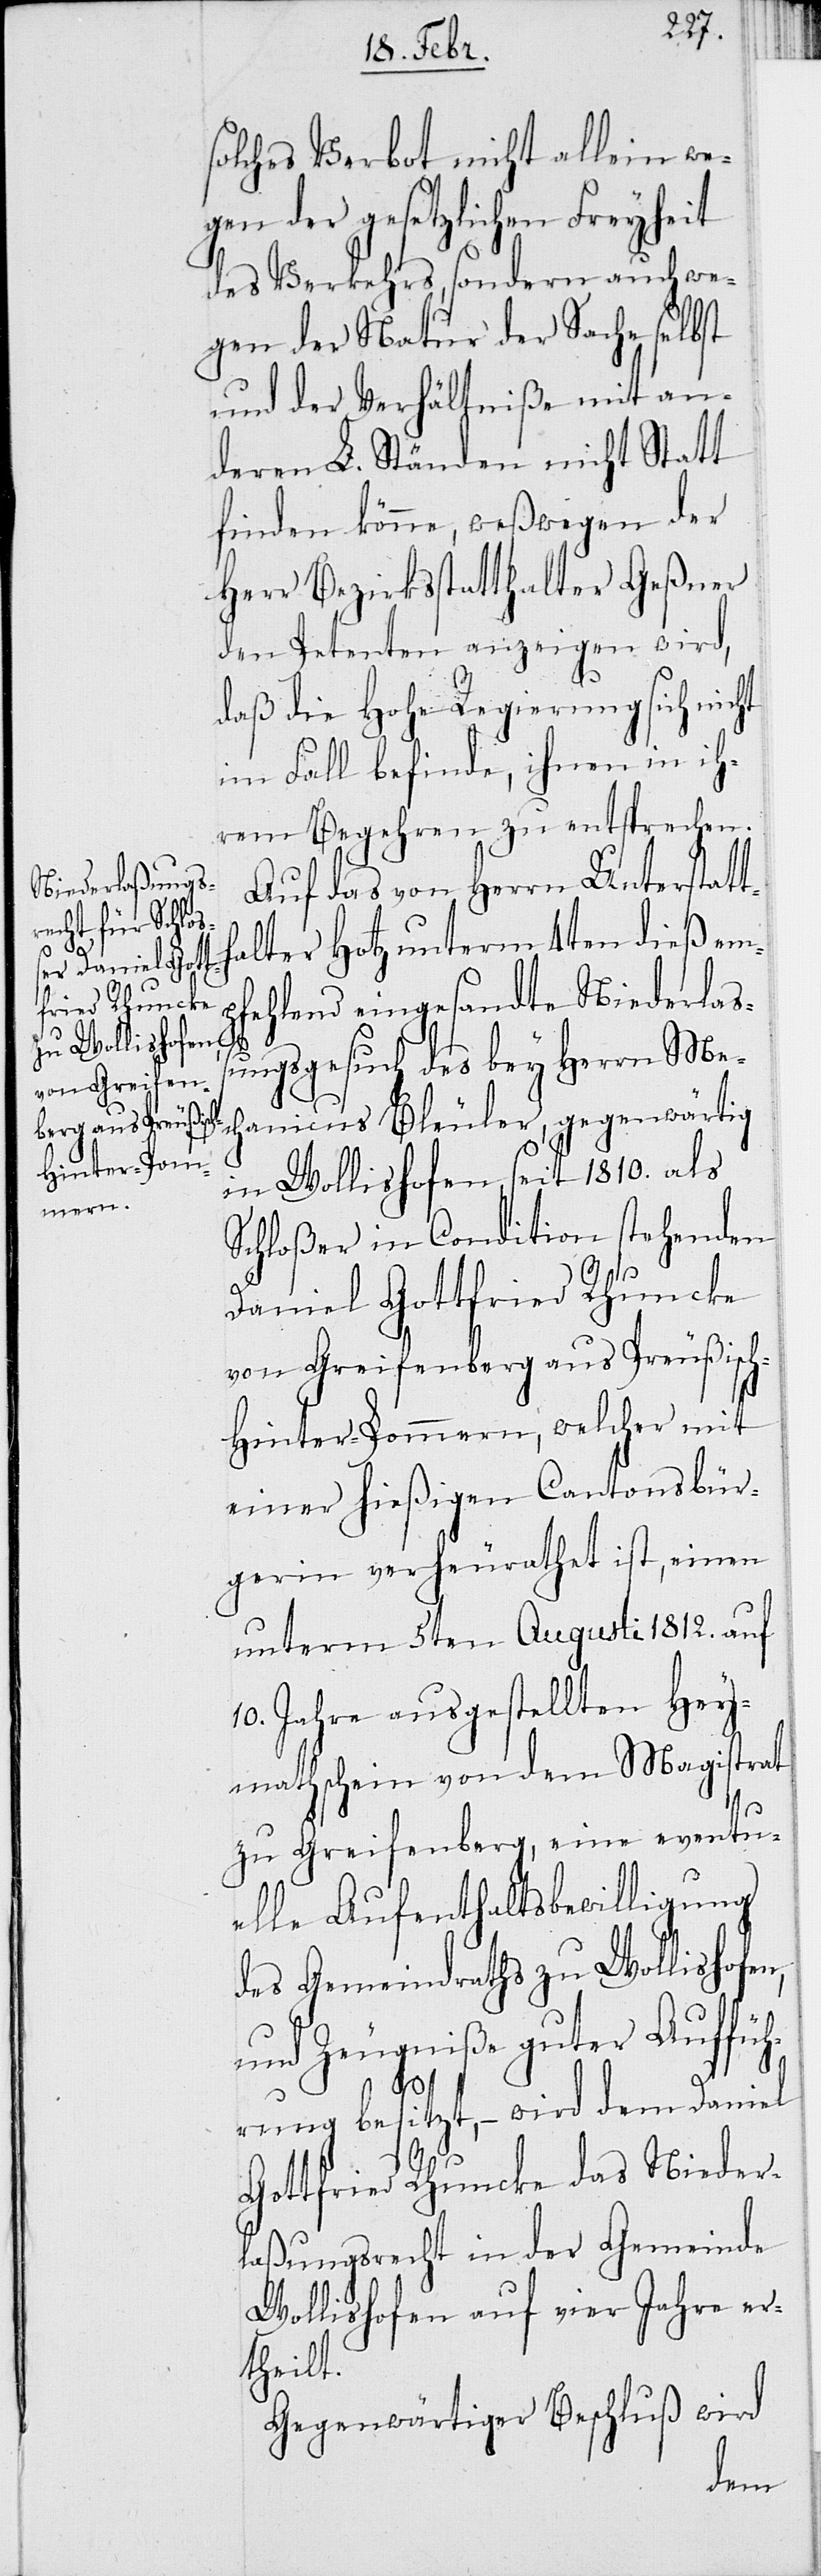
solches Verbot nicht allein we¬
gen der gesetzlichen Freyheit
des Verkehrs, sondern auch we¬
gen der Natur der Sache selbst
und der Verhältniße mit an¬
deren L. Ständen nicht Statt
finden könne, weßwegen der
Herr Bezirksstatthalter Geßner
den Petenten anzeigen wird,
daß die Hohe Regierung sich nicht
im Fall befinde, ihnen in ih¬
rem Begehren zu entsprechen.
Auf das von Herrn Unterstatt¬
halter Hotz unterm 4ten dieß em¬
pfehlend eingesandte Niederlaß¬
ungsgesuch des bey Herrn Me¬
chanicus Bleuler, gegenwärtig
in Wollishofen, seit 1810. als
Schloßer in Condition stehenden
Daniel Gottfried Rhuncke
von Greifenberg aus Preußisc¬
h-Hinter-Pommern, welcher mit
einer hießigen Cantonsbür¬
gerin verheurathet ist, einen
unterm 5ten Augusti 1812. auf
10. Jahre ausgestellten Hey¬
mathschein von dem Magistrat
zu Greifenberg, eine eventu¬
elle Aufenthaltsbewilligung
des Gemeinderaths zu Wollishofen,
und Zeugniße guter Auffüh¬
rung besitzt, – wird dem Daniel
Gottfried Rhuncke das Nieder¬
laßungsrecht in der Gemeinde
Wollishofen auf vier Jahre er¬
theilt.
Gegenwärtiger Beschluß wird